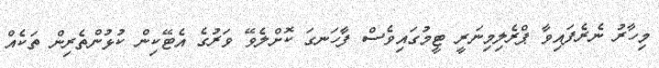
މިހާރު ނެރެފައިވާ ޕްރެލިމިނަރީ ޓީމުގައިވެސް ފާހަނގަ ކޮށްލެވޭ ވަރުގެ އެޓޭކިން ކުޅުންތެރިން ތަކެއް